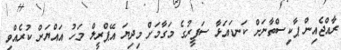
ރާއްޖެއިން ޕާކިސްތާނަށް ކަނޑައަޅާ ސަފީރުގެ މަގާމަށް މިދިޔަ އޭޕްރީލް މަހު އައްޔަން ކުރެއްވި